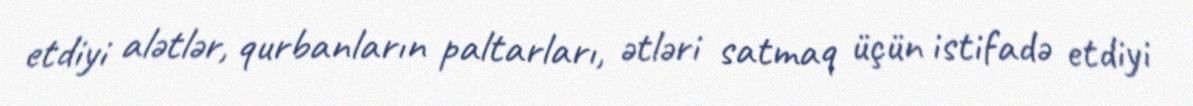
etdiyi alətlər, qurbanların paltarları, ətləri satmaq üçün istifadə etdiyi